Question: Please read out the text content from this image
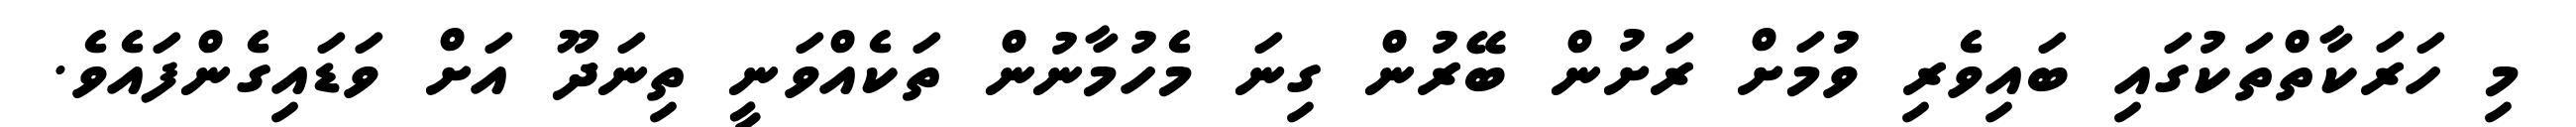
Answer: މި ހަރަކާތްތަކުގައި ބައިވެރި ވުމަށް ރަށުން ބޭރުން ގިނަ މެހުމާނުން ތަކެއްވަނީ ތިނަދޫ އަށް ވަޑައިގެންފައެވެ.